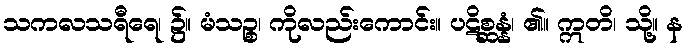
သကလသရီရေ၊ ၌။ မံသဉ္စ၊ ကိုလည်းကောင်း။ ပဋိစ္ဆန္နံ၊ ၏။ ဣတိ၊ သို့။ န